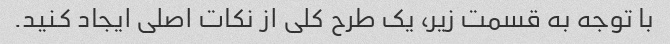
با توجه به قسمت زیر، یک طرح کلی از نکات اصلی ایجاد کنید.